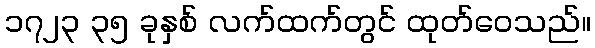
၁၇၂၃ ၃၅ ခုနှစ် လက်ထက်တွင် ထုတ်ဝေသည်။